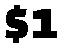
$1